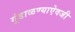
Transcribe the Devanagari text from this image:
गुंडाळण्याऐवजी